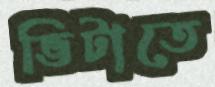
ভিটাতে